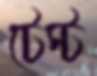
টেস্ট